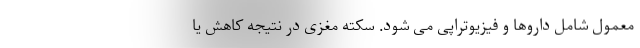
معمول شامل داروها و فیزیوتراپی می شود. سکته مغزی در نتیجه کاهش یا